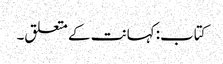
کتاب: کہانت کے متعلق۔